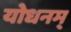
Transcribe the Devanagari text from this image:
योधनम्